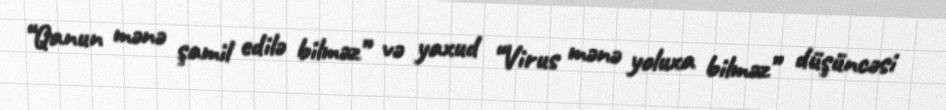
“Qanun mənə şamil edilə bilməz” və yaxud “Virus mənə yoluxa bilməz” düşüncəsi